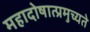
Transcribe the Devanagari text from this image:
महादोषात्प्रमुच्यते